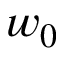
w _ { 0 }